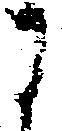
に